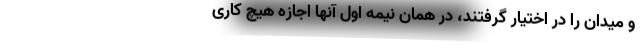
و میدان را در اختیار گرفتند، در همان نیمه اول آنها اجازه هیچ کاری